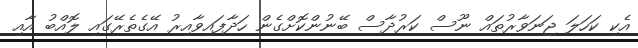
އެކި ކަހަލަ ޖަނަވާރުތައް ނޫސް ކަރުދާސް ބޭނުންކޮށްގެން ހަދާފައިވާއިރު އޭގެތެރޭގައި ލޮއްބު އާއި